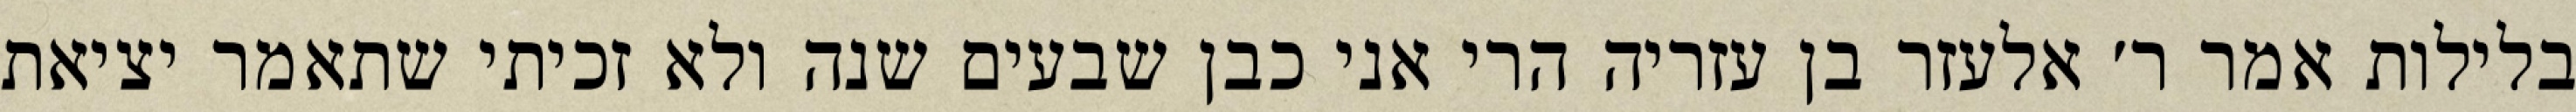
בלילות אמר ר׳ אלעזר בן עזריה הרי אני כבן שבעים שנה ולא זכיתי שתאמר יציאת